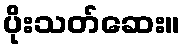
ပိုးသတ်ဆေး။